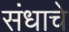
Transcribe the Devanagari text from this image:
संधाचे